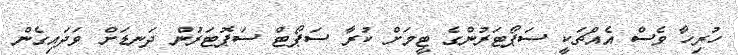
ހުރިހާ ވެސް އެއްޗަކީ ސަޕޯޓަރުންގެ ޓީމަށް ކުރާ ސަޕޯޓް ސަޕޮޓަރުން ދަނޑަށް ވަދައިގެން